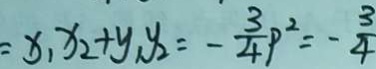
= x _ { 1 } x _ { 2 } + y _ { 1 } y _ { 2 } = - \frac { 3 } { 4 } P ^ { 2 } = - \frac { 3 } { 4 }